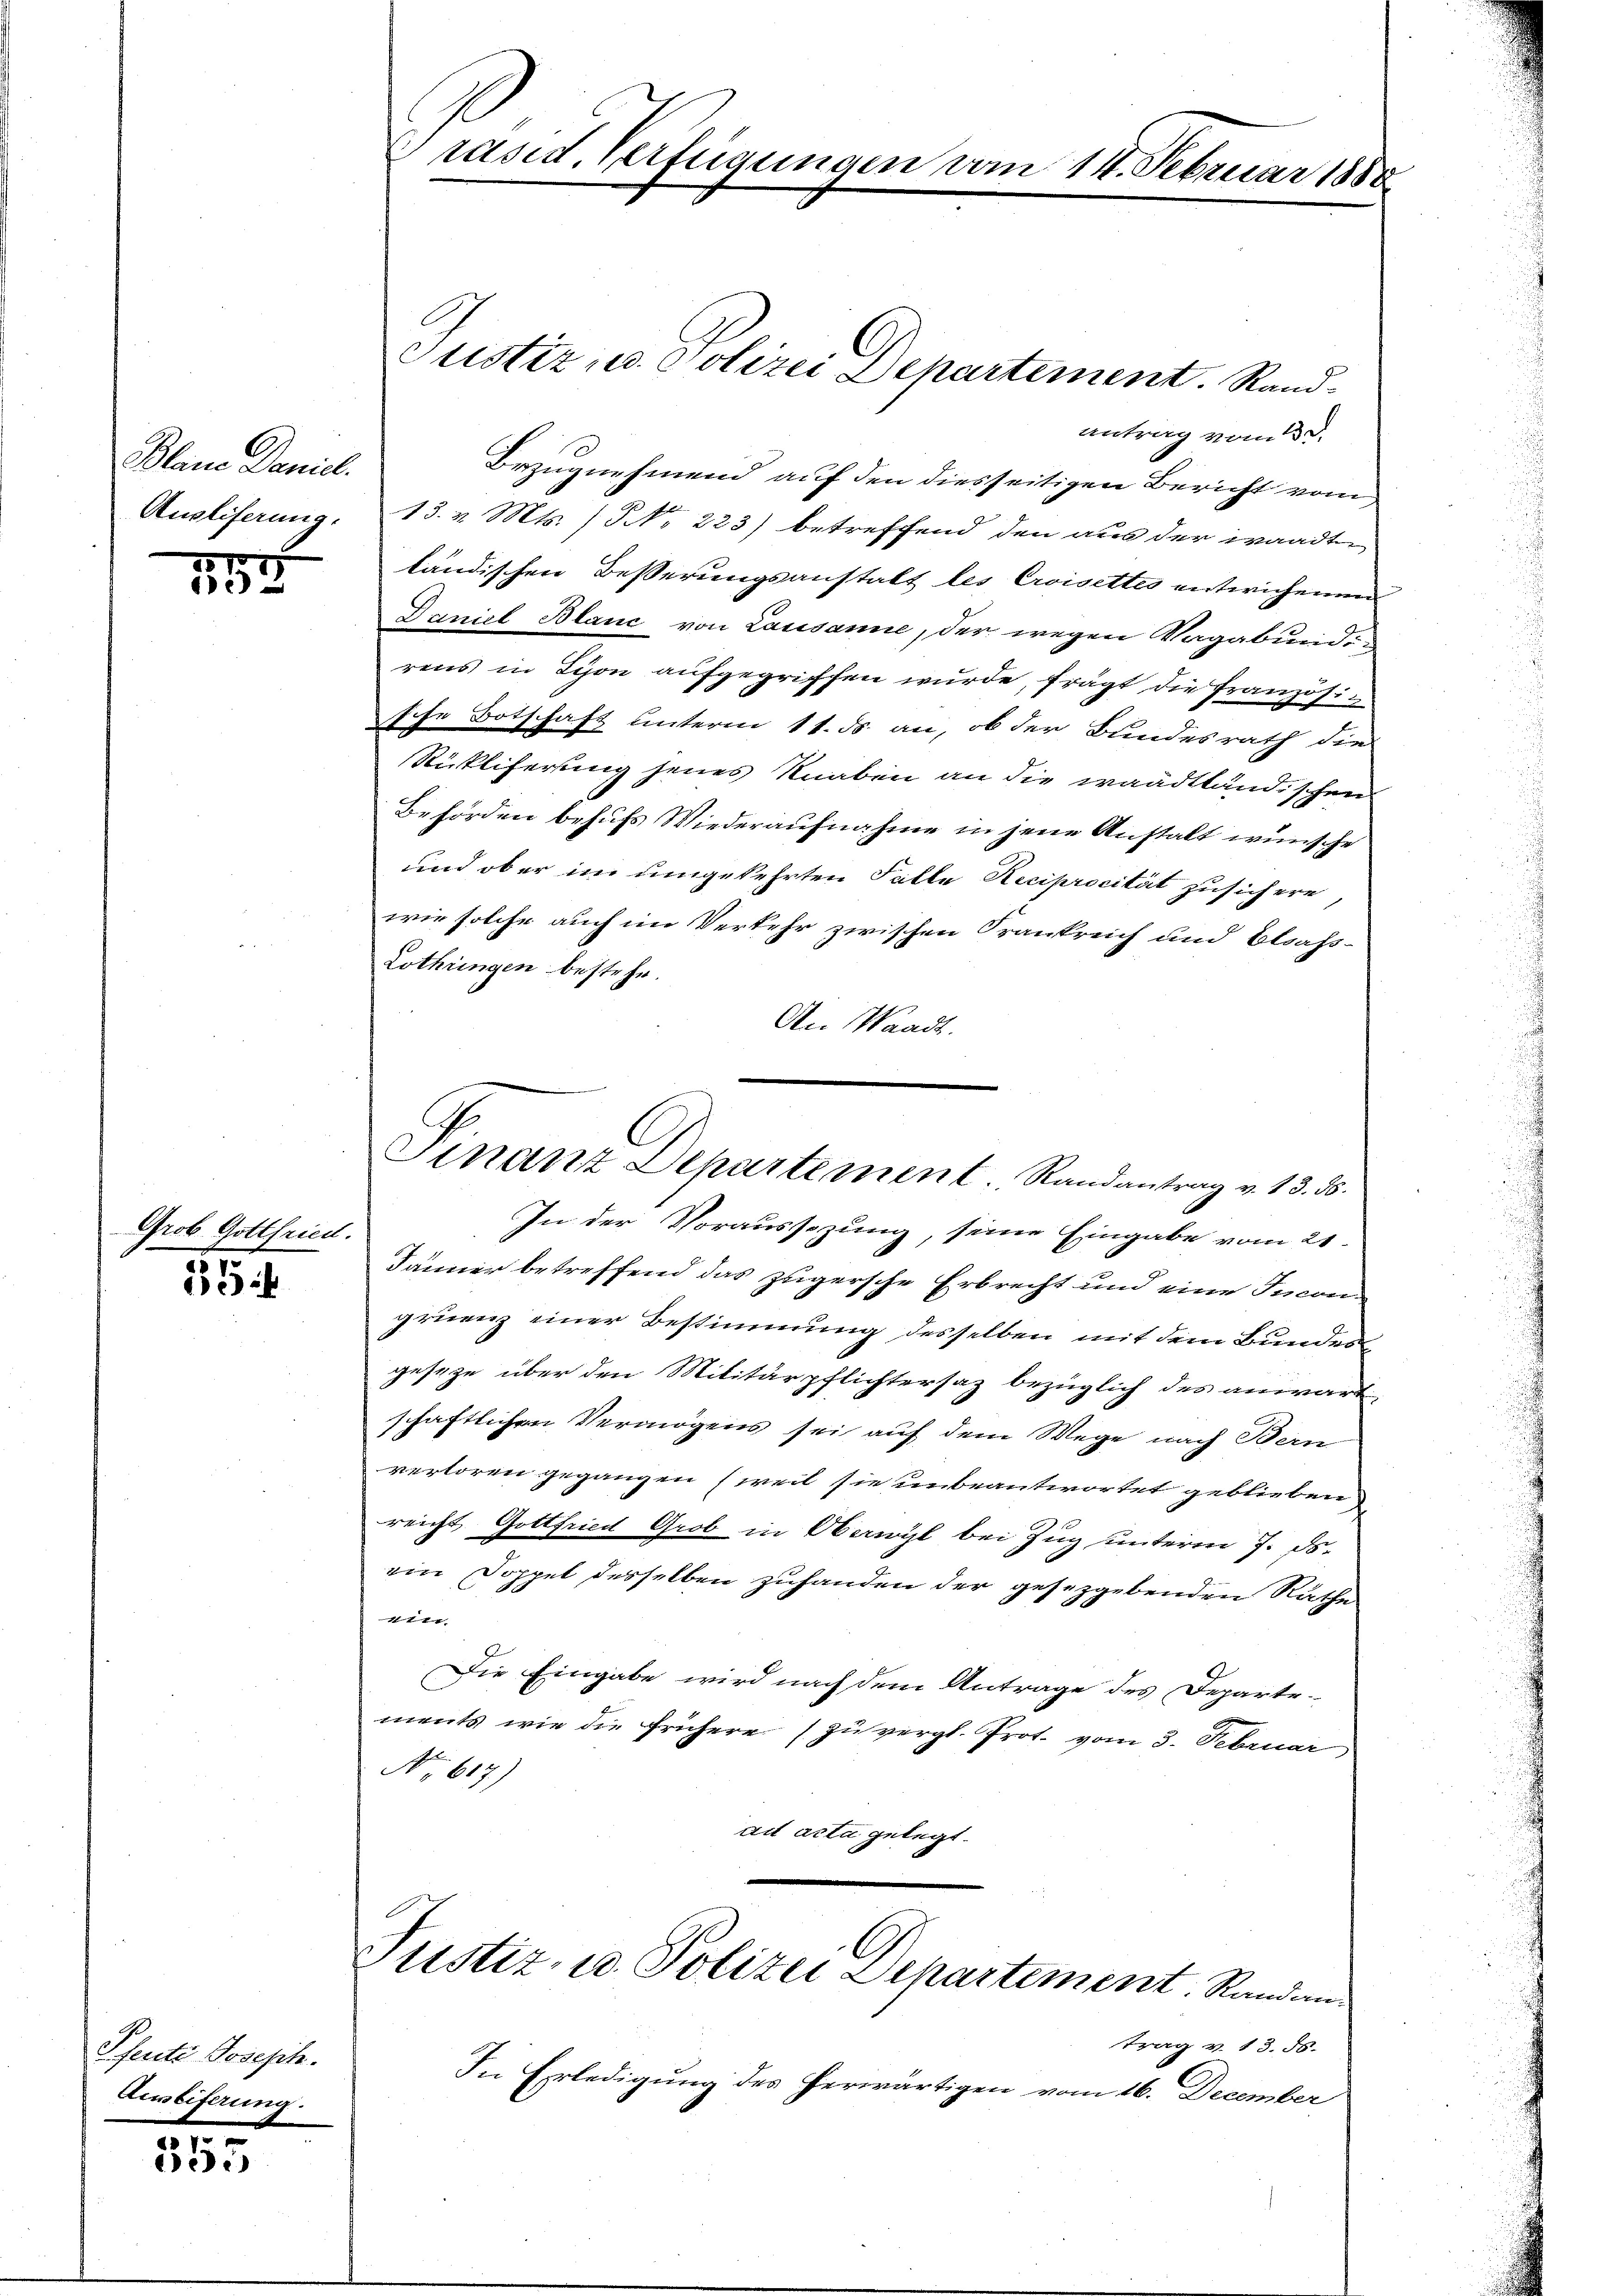
Blaue Daniel.
Ausliferung.

155

Grob Gottfried.
e

2 ei

Pheute Joseph.
Zweiferung.

355

Präsid. Verfügungen vom 11. Februar 1888

Justiz, u. Polizei Departement. Stand.
antrag vom 3. d.
Bezugnehmend auf den diesseitigen Bericht vom
13. v. Mts. (NNNo. 223) betreffend den aus der waadt
ländischen Besserungsanstalt les Crisettes entwicheren
Daniel Blanc von Lausanne, der wegen Vagabundirens in Schon aufgegriffen wurde, frägt die Französische Botschaft unterm 11. ds. an, ob der Bundesrath die
Rickliferung jenes Knaben an die waadtländischen
Behörden behufs Wiederaufnahme in jene Anstalt wünsche
und ober im umgekehrten Falle Reciprocität zusichern,
wie solche auch im Verkehr zwischen Frankreich und Elsass-
Lothringen bestehe.
An Waadt.

Finanz Departement. Randantrag v. 13. 35.

In der Voraussezung, seine Eingabe vom 21.
Jänner betreffend das zugersche Erbrecht und eine Incongruenz einer Bestimmung desselben mit dem Bundesgeseze über den Militärpflichtersaz bezüglich des anwärt
schaftlichen Vermögens sei auf dem Wege nach Bern
verloren gegangen (weil sie unbeantwortet geblieben
reicht Gottfried Grob in Oberwyl bei Zug unterm 7. ds.
ein Doppel desselben zuhanden der gesetzgebenden Rathe
ein
Die Eingabe wird nach dem Antrage des Departe-
ments, wie die frühere (zu vergl. Prot. vom 3. Februar
No. 617.)
ad acta gelegt.

Justiz, in Polizei Departement. Randen

trag v. 13. 58.
In Erledigung des herwärtigen vom 16. December